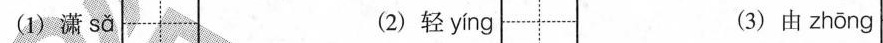
(1)潇 sǎ (2)轻 yíng (3)由 zhōng